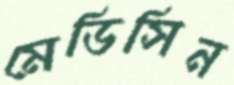
মেডিসিন